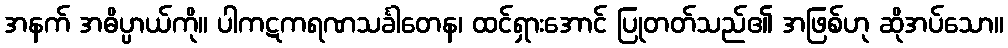
အနက် အဓိပ္ပာယ်ကို။ ပါကဋကရဏသင်္ခါတေန၊ ထင်ရှားအောင် ပြုတတ်သည်၏ အဖြစ်ဟု ဆိုအပ်သော။